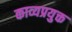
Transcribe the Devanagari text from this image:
काव्यप्रयुक्त